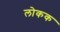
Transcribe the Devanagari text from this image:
लोकक